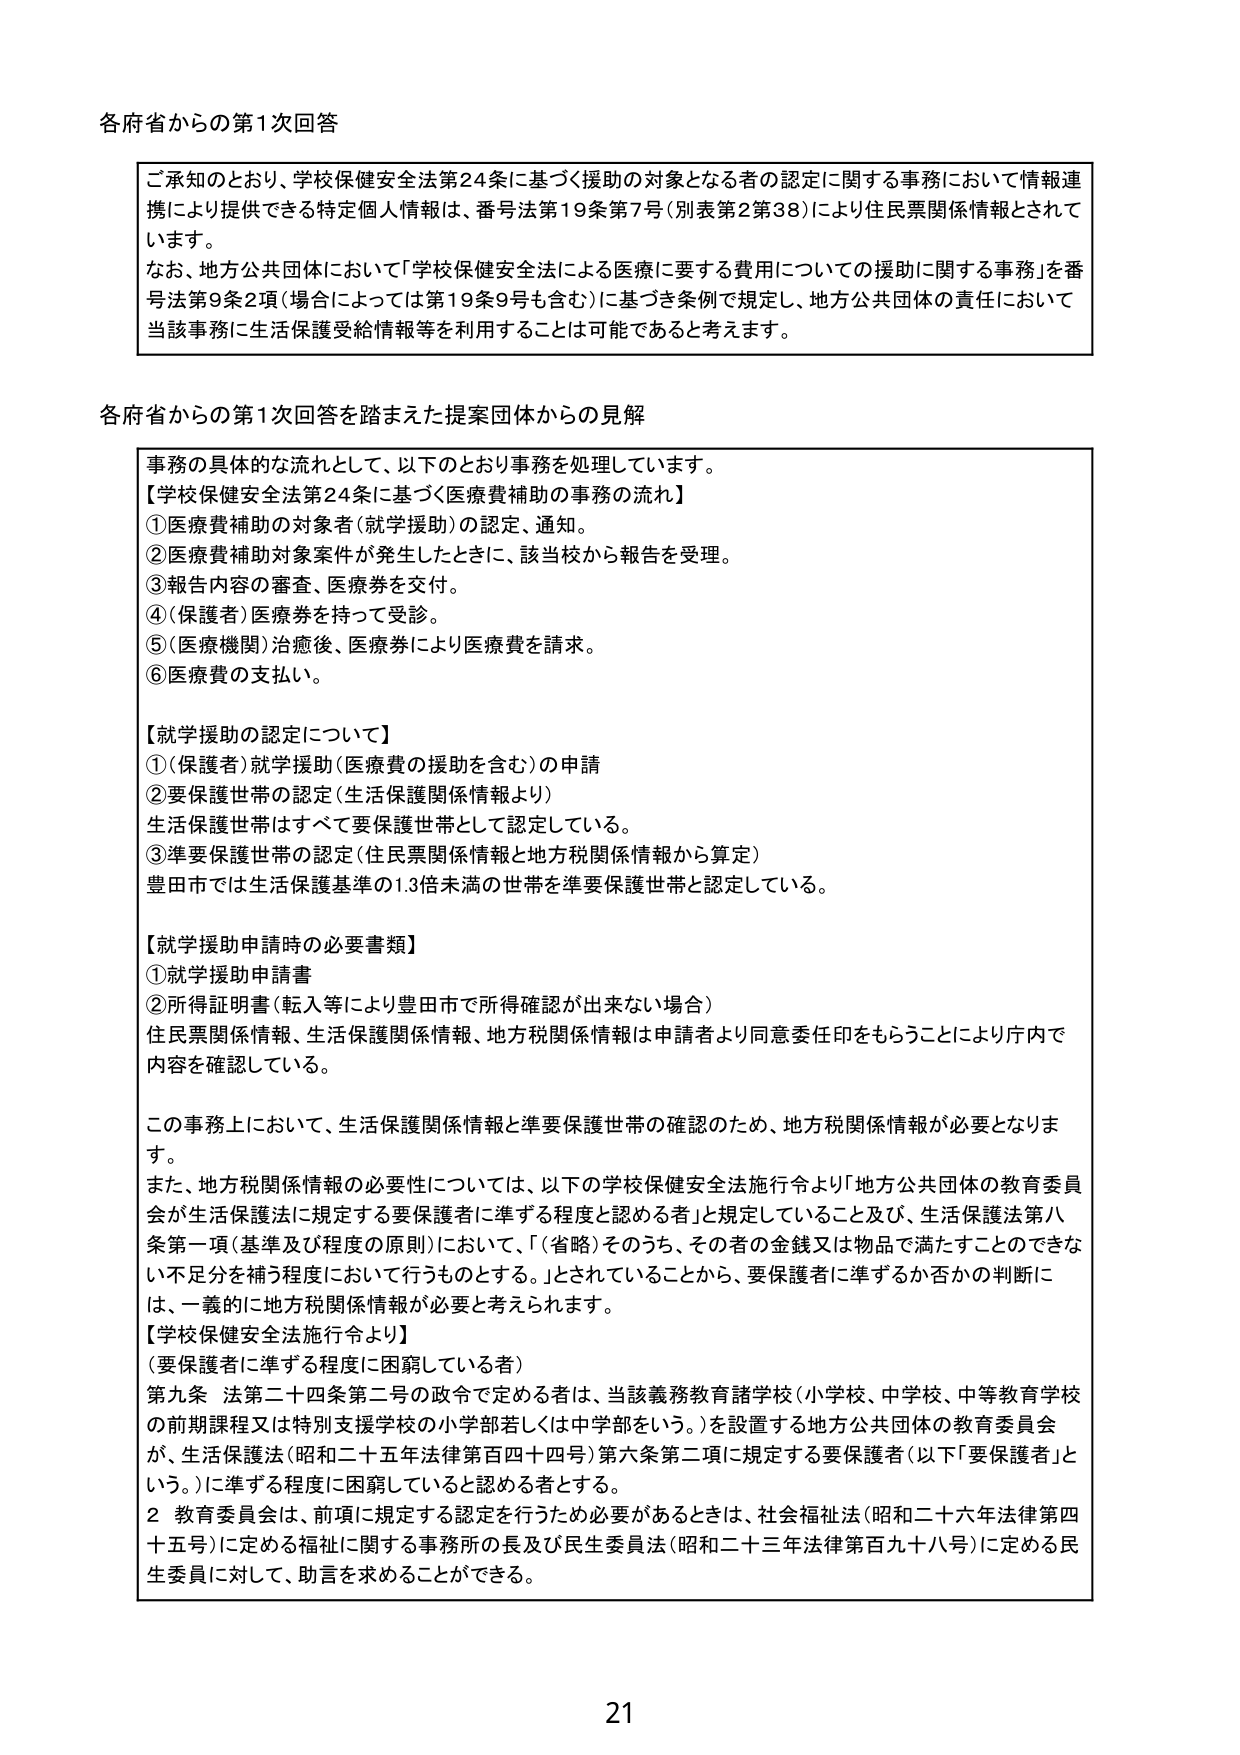
各府省からの第1次回答

ご承知のとおり、学校保健安全法第24条に基づく援助の対象となる者の認定に関する事務において情報連携により提供できる特定個人情報は、番号法第19条第7号（別表第2第38）により住民票関係情報とされています。
なお、地方公共団体において「学校保健安全法による医療に要する費用についての援助に関する事務」を番号法第9条2項（場合によっては第19条9号も含む）に基づき条例で規定し、地方公共団体の責任において当該事務に生活保護受給情報等を利用することは可能であると考えます。

各府省からの第1次回答を踏まえた提案団体からの見解

事務の具体的な流れとして、以下のとおり事務を処理しています。
【学校保健安全法第24条に基づく医療費補助の事務の流れ】
①医療費補助の対象者（就学援助）の認定、通知。
②医療費補助対象案件が発生したときに、該当校から報告を受ける。
③報告内容の審査、医療券を交付。
④（保護者）医療券を持って受診。
⑤（医療機関）治癒後、医療券により医療費を請求。
⑥医療費の支払い。

【就学援助の認定について】
①（保護者）就学援助（医療費の援助を含む）の申請
②要保護世帯の認定（生活保護関係情報より）
生活保護世帯はすべて要保護世帯として認定している。
③準要保護世帯の認定（住民票関係情報と地方税関係情報から算定）
豊田市では生活保護基準の1.3倍未満の世帯を準要保護世帯と認定している。

【就学援助申請時の必要書類】
①就学援助申請書
②所得証明書（転入等により豊田市で所得確認が出来ない場合）
住民票関係情報、生活保護関係情報、地方税関係情報は申請者より同意委任印をもらうことにより庁内で内容を確認している。

この事務上において、生活保護関係情報と準要保護世帯の確認のため、地方税関係情報が必要となります。
また、地方税関係情報の必要性については、以下の学校保健安全法施行令より「地方公共団体の教育委員会が生活保護法に規定する要保護者に準ずる程度と認める者」と規定していること及び、生活保護法第八条第一項（基準及び程度の原則）において、「（省略）そのうち、その者の金銭又は物品で満たすことのできない不足分を補う程度において行うものとする。」とされていることから、要保護者に準ずるか否かの判断には、一義的に地方税関係情報が必要と考えられます。

【学校保健安全法施行令より】
（要保護者に準ずる程度に困窮している者）
第九条 法第二十四条第二号の政令で定める者は、当該義務教育諸学校（小学校、中学校、中等教育学校の前期課程又は特別支援学校の小学部若しくは中学部をいう。）を設置する地方公共団体の教育委員会が、生活保護法（昭和二十五年法律第百四十四号）第六条第二項に規定する要保護者（以下「要保護者」という。）に準ずる程度に困窮していると認める者とする。
2 教育委員会は、前項に規定する認定を行うため必要があるときは、社会福祉法（昭和二十六年法律第四十五号）に定める福祉に関する事務所の長及び民生委員法（昭和二十三年法律第百九十八号）に定める民生委員に対して、助言を求めることができる。

21